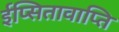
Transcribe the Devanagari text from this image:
ईप्सितावाप्ति